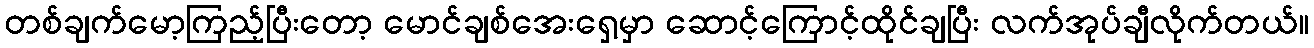
တစ်ချက်မော့ကြည့်ပြီးတော့ မောင်ချစ်အေးရှေ့မှာ ဆောင့်ကြောင့်ထိုင်ချပြီး လက်အုပ်ချီလိုက်တယ်။